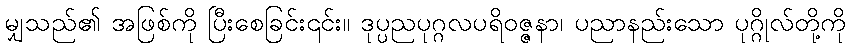
မျှသည်၏ အဖြစ်ကို ပြီးစေခြင်း၎င်း။ ဒုပ္ပညပုဂ္ဂလပရိဝဇ္ဇနာ၊ ပညာနည်းသော ပုဂ္ဂိုလ်တို့ကို